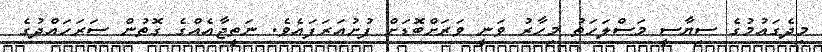
މިދެގައުމުގެ ސިޔާސީ މަސްލަހަތު މިހާރު ވަނީ ވަރަށްބޮޑަށް ފުށުއަރަފައެވެ. ނަތީޖާއެއްގެ ގޮތުން ސަރަހައްދުގެ